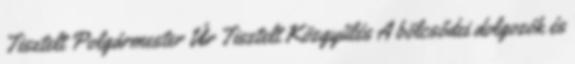
Tisztelt Polgármester Úr Tisztelt Közgyűlés A bölcsődei dolgozók és